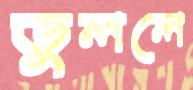
ভুললে